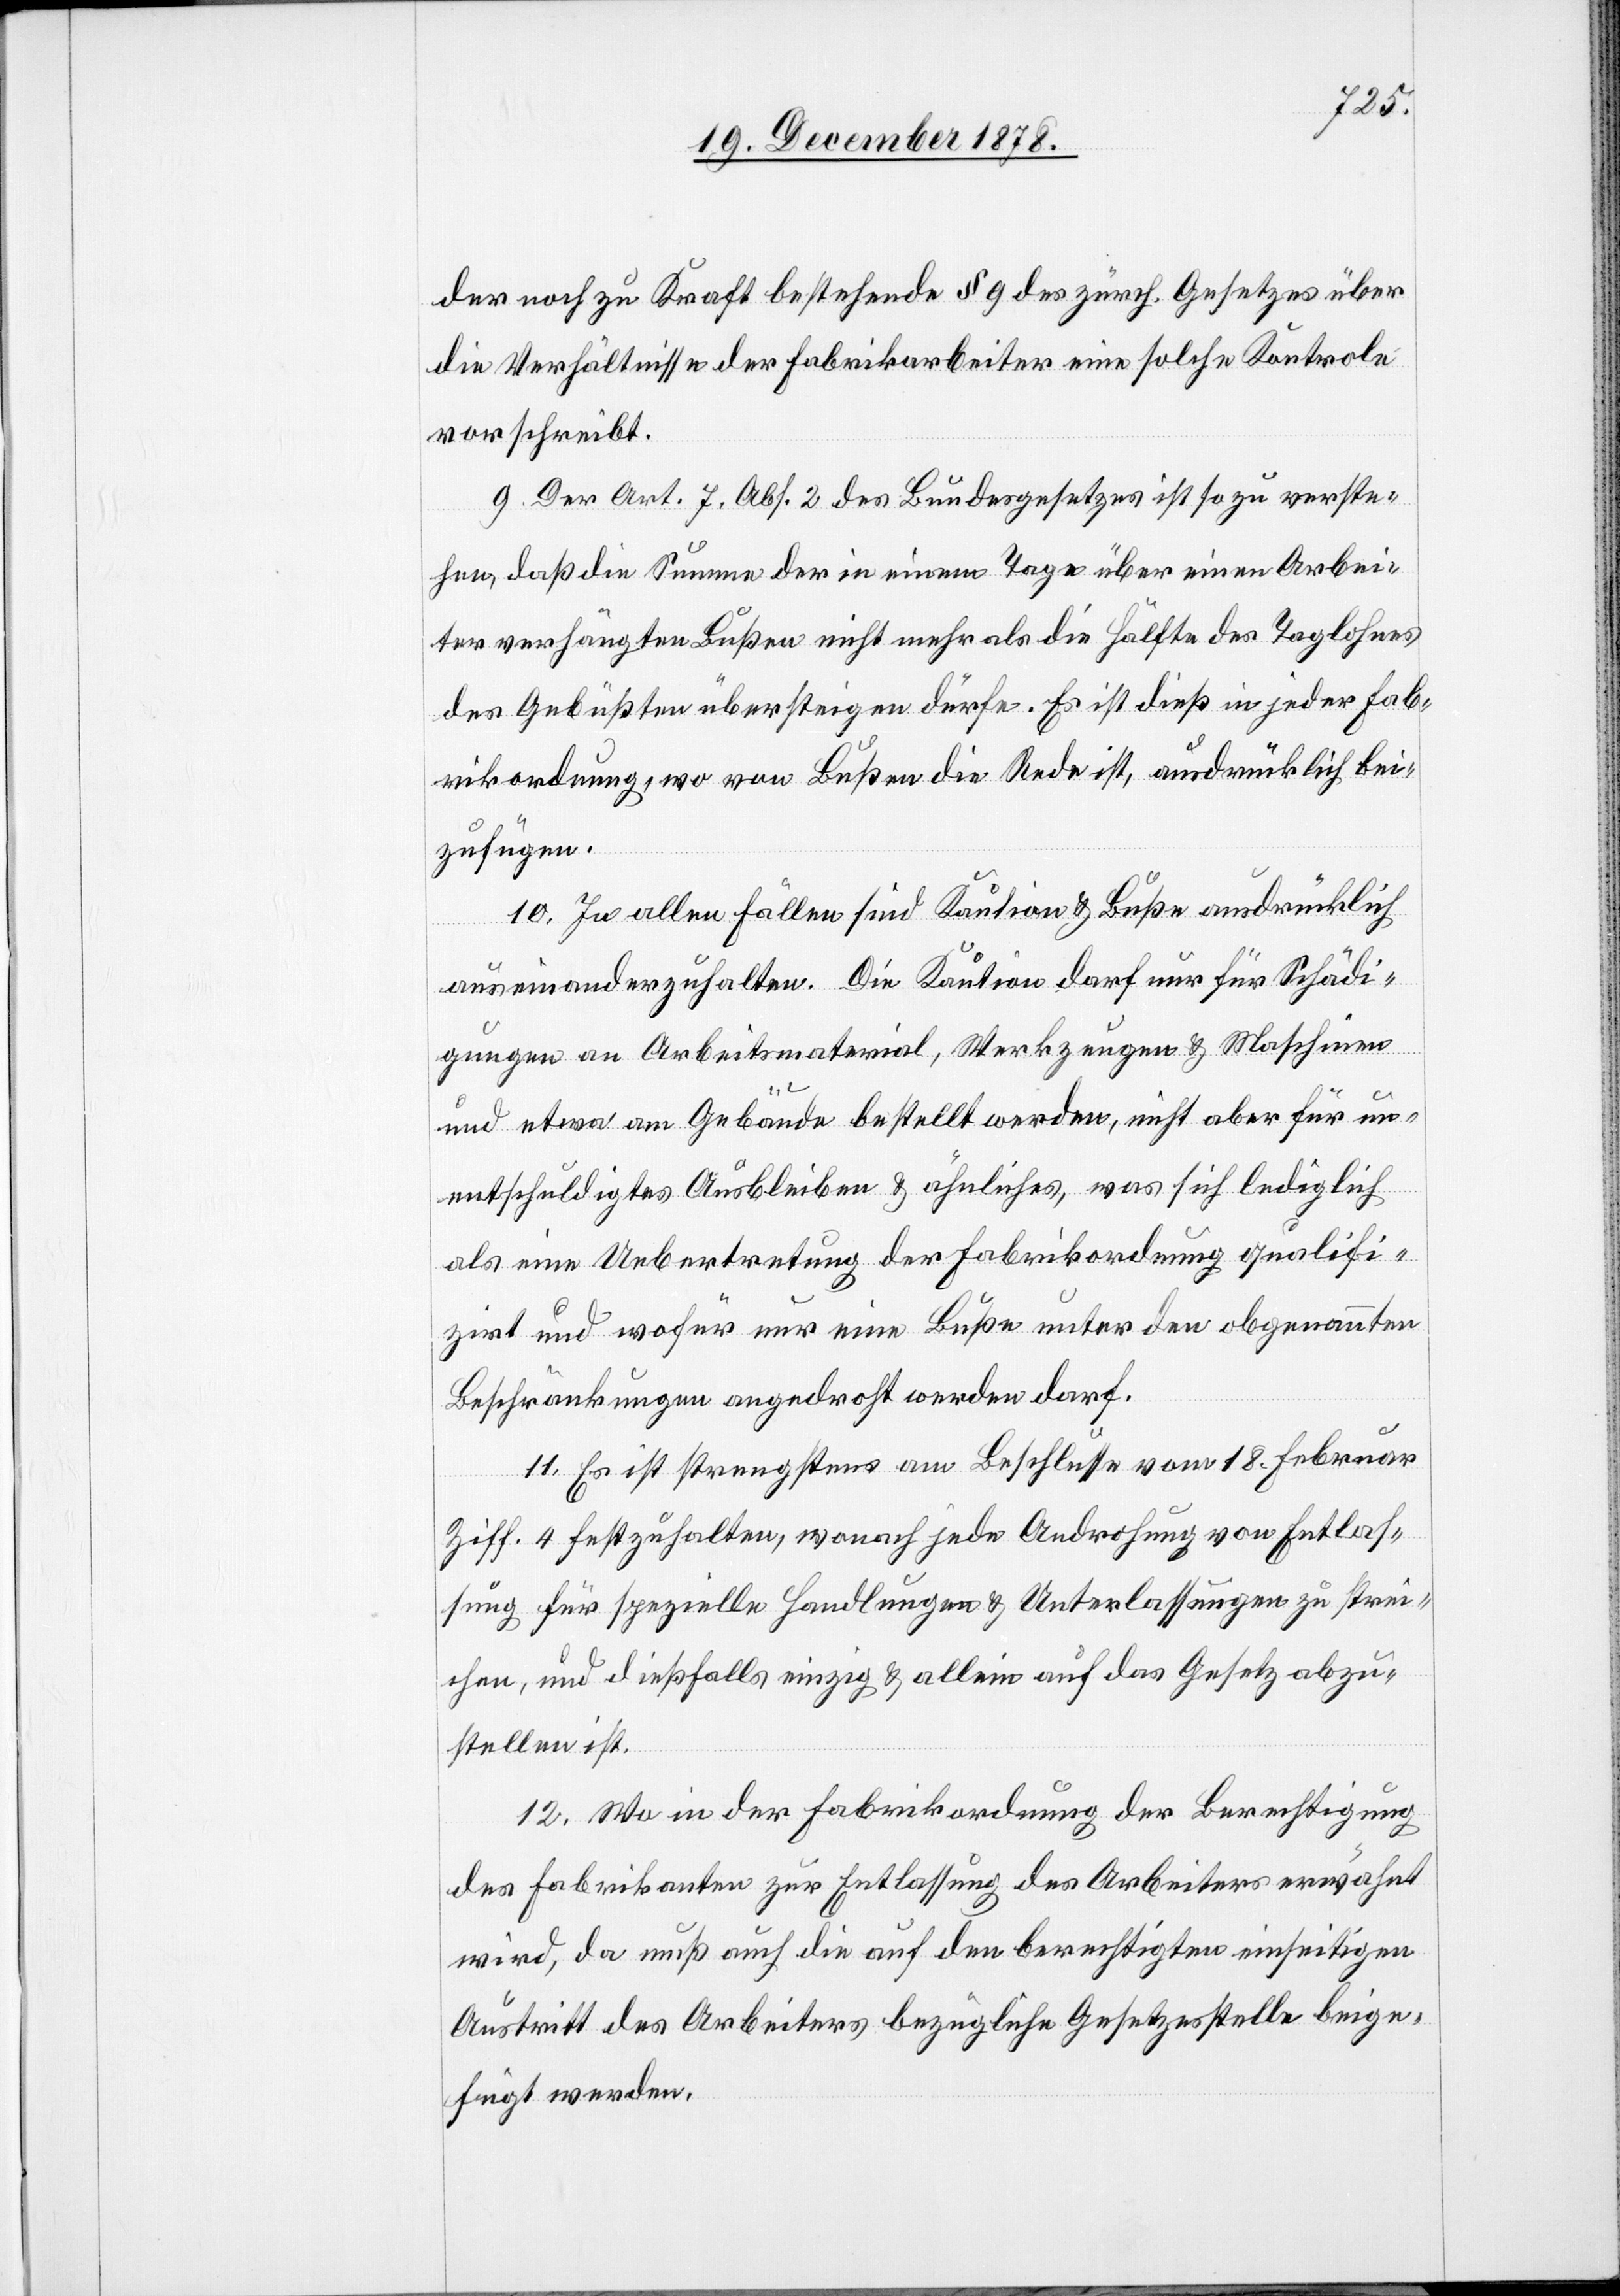
der noch zu Kraft bestehende § 9 des zürch. Gesetzes über
die Verhältnisse der Fabrikarbeiter eine solche Kontrole
vorschreibt.
9. Der Art. 7 Abs. 2 des Bundesgesetzes ist so zu verste¬
hen, daß die Summe der in einem Tage über einen Arbei¬
ter verhängten Bußen nicht mehr als die Hälfte des Taglohnes
des Gebüßten übersteigen dürfe. Es ist dieß in jeder Fab¬
rikordnung, wo von Bußen die Rede ist, ausdrücklich bei¬
zufügen.
10. In allen Fällen sind Kaution & Buße ausdrücklich
auseinanderzuhalten. Die Kaution darf nur für Schädi¬
gungen an Arbeitsmaterial, Werkzeugen & Maschinen
und etwa am Gebäude bestellt werden, nicht aber für un¬
entschuldigtes Ausbleiben & ähnliches, was sich lediglich
als eine Uebertretung der Fabrikordnung qualifi¬
zirt und wofür nur eine Buße unter den obgenannten
Beschränkungen angedroht werden darf.
11. Es ist strengstens am Beschlusse vom 18. Februar
Ziff. 4 festzuhalten, wonach jede Androhung von Entlas¬
sung für spezielle Handlungen & Unterlassungen zu strei¬
chen, und dießfalls einzig & allein auf das Gesetz abzu¬
stellen ist.
12. Wo in der Fabrikordnung der Berechtigung
des Fabrikanten zur Entlassung des Arbeiters erwähnt
wird, da muß auch die auf den berechtigten einseitigen
Austritt des Arbeiters bezügliche Gesetzesstelle beige¬
fügt werden.